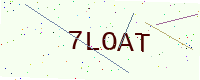
Text: 7LOAT